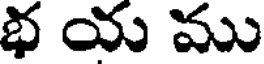
భ య ము